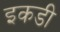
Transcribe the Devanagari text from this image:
इकडी